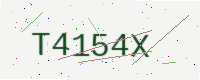
Text: T4154X